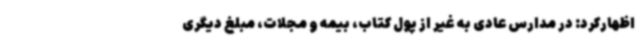
اظهارکرد: در مدارس عادی به غیر از پول کتاب، بیمه و مجلات، مبلغ دیگری